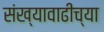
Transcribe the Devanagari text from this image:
संख्यावाढीच्या